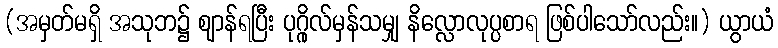
(အမှတ်မရှိ အသုဘ၌ ဈာန်ရပြီး ပုဂ္ဂိုလ်မှန်သမျှ နိလ္လောလုပ္ပစာရ ဖြစ်ပါသော်လည်း။) ယွာယံ